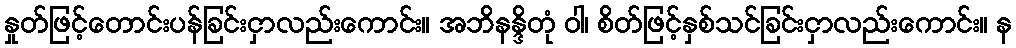
နှုတ်ဖြင့်တောင်းပန်ခြင်းငှာလည်းကောင်း။ အဘိနန္ဒိတုံ ဝါ၊ စိတ်ဖြင့်နှစ်သင်ခြင်းငှာလည်းကောင်း။ န